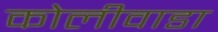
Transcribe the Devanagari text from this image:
कोलीवाडा